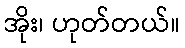
အိုး၊ ဟုတ်တယ်။